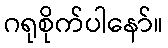
ဂရုစိုက်ပါနော်။